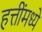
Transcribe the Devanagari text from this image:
हत्तींमध्ये